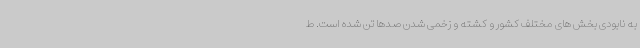
به نابودی بخش های مختلف کشور و کشته و زخمی شدن صدها تن شده است. ط